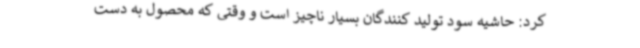
کرد: حاشیه سود تولید کنندگان بسیار ناچیز است و وقتی که محصول به دست